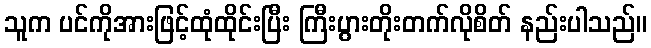
သူက ပင်ကိုအားဖြင့်ထုံထိုင်းပြီး ကြီးပွားတိုးတက်လိုစိတ် နည်းပါသည်။